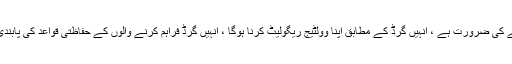
گرڈ انورٹرز کو اپنی فریکوئنسی اور فیز شفٹ کو گرڈ کے ساتھ ہم آہنگ کرنے کی ضرورت ہے ، انہیں گرڈ کے مطابق اپنا وولٹیج ریگولیٹ کرنا ہوگا ، انہیں گرڈ فراہم کرنے والوں کے حفاظتی قواعد کی پابندی کرنی ہوگی ، اور گرڈ پاور فیل ہونے کی صورت میں دفعات موجود ہونگی۔